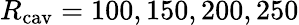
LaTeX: R_{\mathrm{cav}}=100,150,200,250